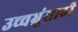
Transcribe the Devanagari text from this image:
उच्चभ्रूंसाठी